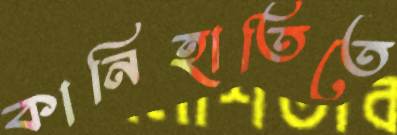
কানিহাতিতে